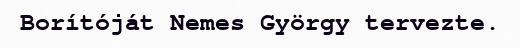
Borítóját Nemes György tervezte.